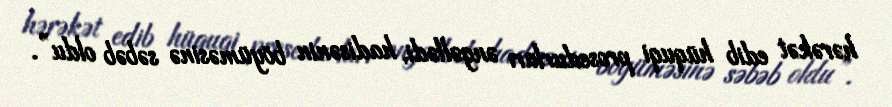
hərəkət edib hüquqi prosedurları əngəllədi, hadisənin böyüməsinə səbəb oldu”.